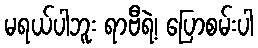
မရယ်ပါဘူး ရာဗီရဲ့၊ ပြောစမ်းပါ